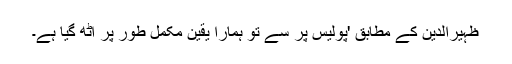
ظہیرالدین کے مطابق 'پولیس پر سے تو ہمارا یقین مکمل طور پر اٹھ گیا ہے۔